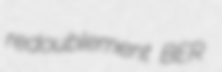
redoublement BER